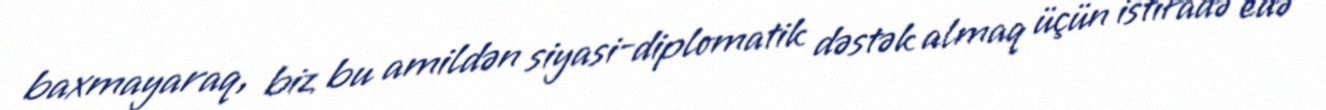
baxmayaraq, biz bu amildən siyasi-diplomatik dəstək almaq üçün istifadə edə